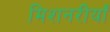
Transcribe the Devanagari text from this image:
मिशनरीयाँ